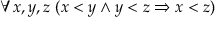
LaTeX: \forall x , y , z \ ( x < y \land y < z \Rightarrow x < z )